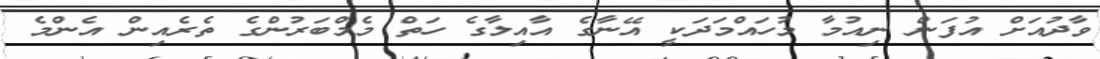
ވާދުއަށް އުފަން ނިއުމާ މުހައްމަދަކީ އޭނާގެ އާއިލާގެ ހަތް މެމްބަރުންގެ ތެރެއިން އެންމެ